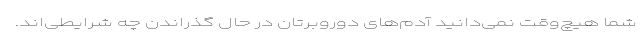
شما هیچ‌وقت نمی‌دانید آدم‌های دوروبرتان در حال گذراندن چه شرایطی‌اند.